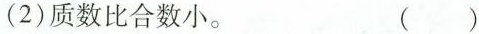
(2)质数比合数小。 ()